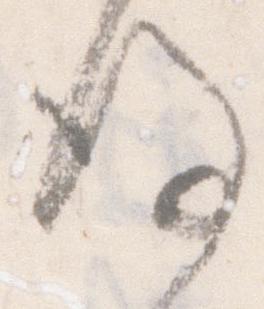
後